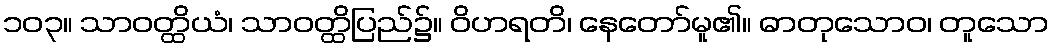
၁၀၃။ သာဝတ္ထိယံ၊ သာဝတ္ထိပြည်၌။ ဝိဟရတိ၊ နေတော်မူ၏။ ဓာတုသောဝ၊ တူသော